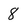
Character: 8